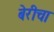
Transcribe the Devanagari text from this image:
बेरीचा